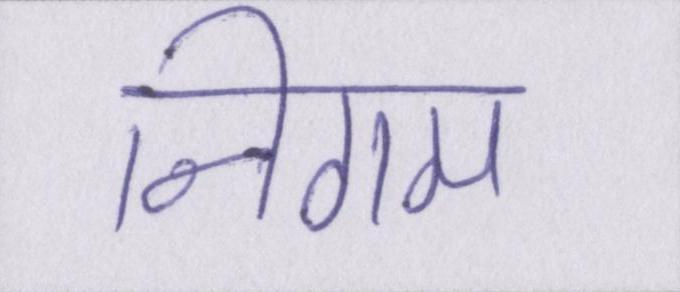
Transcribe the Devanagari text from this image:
निगम